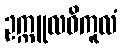
ဥက္ကူလဝိကူလံ